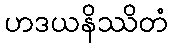
ဟဒယနိဿိတံ